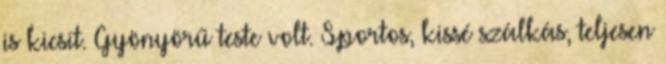
is kicsit. Gyönyörű teste volt. Sportos, kissé szálkás, teljesen